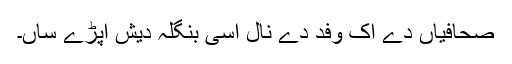
صحافیاں دے اک وفد دے نال اسی بنگلہ دیش اپڑے ساں۔